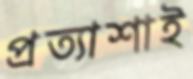
প্রত্যাশাই